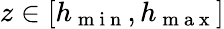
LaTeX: z\in[h_{\mathrm{~m~i~n~}},h_{\mathrm{~m~a~x~}}]